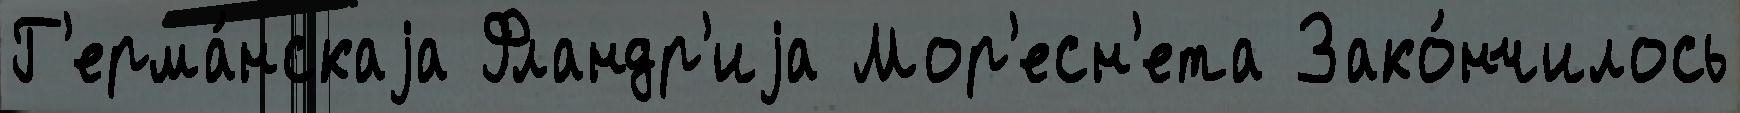
Г'ерма́нскаjа Фландр'иjа Мор'есн'ета Зако́нчилось